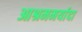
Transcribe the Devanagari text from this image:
आश्रममर्यादा